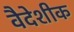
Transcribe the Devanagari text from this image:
वैदेशीक